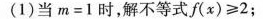
(1)当$$m = 1$$时，解不等式 $$f ( x ) ≥ 2$$；